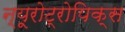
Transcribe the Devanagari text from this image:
न्यूरोट्रोपिक्स